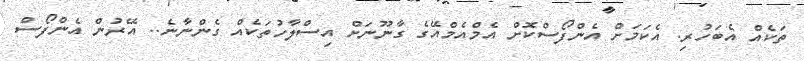
ތަކެއް އެބަހުރި. އެކަމަށް އެންފޯސްކޮށް އެމްއެމްއޭގެ ގާނޫނަށް އިސްލާހުތަކެއް ގެންނާނެ.. އޭރުން އެންފޯސް